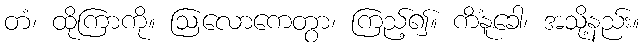
တံ၊ ထိုကြာကို။ ဩလောကေတွာ၊ ကြည့်၍။ ကိံနူခေါ၊ အသို့နည်း။